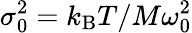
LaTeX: \sigma_{0}^{2}=k_{\mathrm{B}}T/M\omega_{0}^{2}